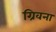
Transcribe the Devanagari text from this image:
ग्रिवना